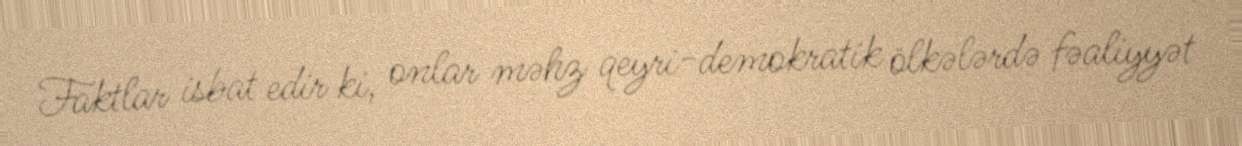
Faktlar isbat edir ki, onlar məhz qeyri-demokratik ölkələrdə fəaliyyət